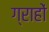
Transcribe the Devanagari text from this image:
ग्राहों